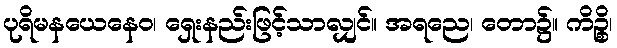
ပုရိမနယေနေဝ၊ ရှေးနည်းဖြင့်သာလျှင်။ အရညေ၊ တော၌။ ကိဉ္စိ၊